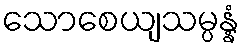
သောစေယျသမ္ပန္နံ